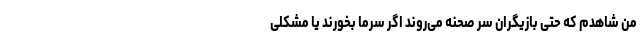
من شاهدم که حتی بازیگران سر صحنه می‌روند اگر سرما بخورند یا مشکلی